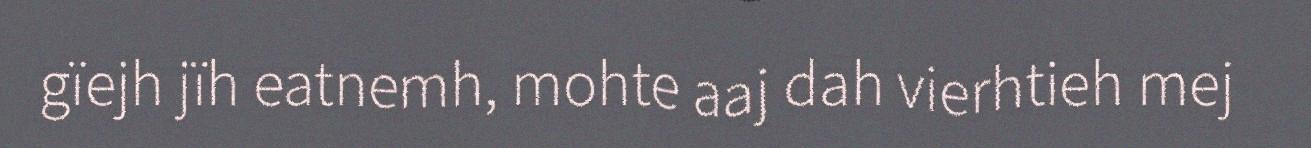
gïejh jïh eatnemh, mohte aaj dah vierhtieh mej